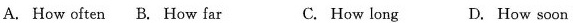
A. How often B.How far C. How long D. How soon